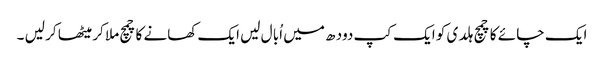
ایک چا ئے کا چمچ ہلد ی کو ایک کپ دود ھ میں اُبا ل لیں ایک کھانے کا چمچ ملا کر میٹھا کر لیں ۔